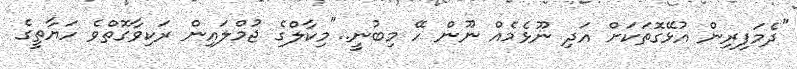
"ދެމަފިރިން އުޅޭގޮތަކަށް އަދި ނޫޅެމެއް ނޫން ހޭ މިބުނީ.."މިކާލްގެ ޖުމްލައިން ރަކިވާގޮތްވެ ހަޔާތީގެ